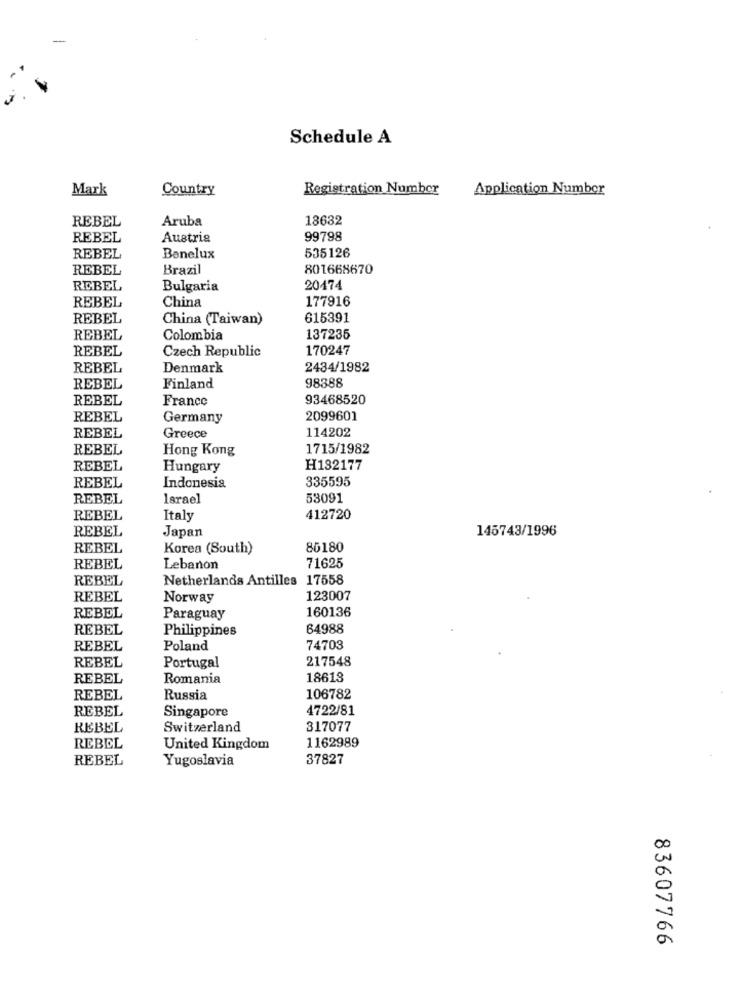
Schedule A
Mark
Country
Registration Number
Application Number
REBEL
Aruba
18632
REBEL
Austria
99798
REBEL
Benelux
535126
REBEL
Brazil
801668670
REBEL
Bulgaria
20474
China
177916
REBEL
REBEL
China (Taiwan)
615391
REBEL
Colombia
137235
REBEL
Czech Republic
170247
REBEL
Denmark
2434/1982
98388
REBEL
Finland
REBEL
France
93468520
REBEL
Germany
2099601
114202
REBEL
Greece
REBEL
Hong Kong
1715/1982
REBEL
Hungary
H132177
REBEL
335595
Indonesia
REBEL
larael
53091
REBEL
Italy
412720
REBEL
Japan
145743/1996
REBEL
Korea (South)
86180
REBEL
Lebanon
71625
REBEL
Netherlands Antilles 17558
REBEL
Norway
123007
160136
REBEL
Paraguay
REBEL
Philippines
64988
REBEL
Poland
74703
217548
REBEL
Portugal
REBEL
Romania
18613
REBEL
Russia
106782
REBEL
Singapore
4722/81
REBEL
Switzerland
317077
1162989
REBEL
United Kingdom
REBEL
Yugoslavia
37827
83607766